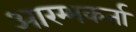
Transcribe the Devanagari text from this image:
आरम्भकर्ता